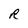
Character: R